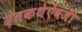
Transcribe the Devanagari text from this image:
दंतकथेऐवजी